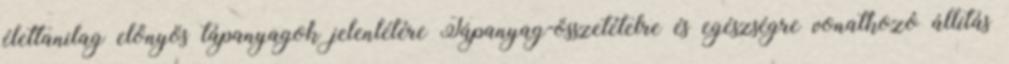
élettanilag előnyös tápanyagok jelenlétére Tápanyag-összetételre és egészségre vonatkozó állítás